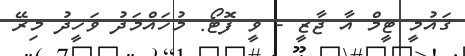
ޤައުމީ ޓީމް އާ ޖާޒީ - ވީ ފޮޓޯ: މުހައްމަދު ވަހީދު މިރޭ